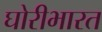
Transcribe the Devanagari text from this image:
घोरीभारत